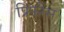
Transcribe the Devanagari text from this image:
प्रिफरेंस